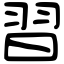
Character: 習